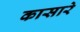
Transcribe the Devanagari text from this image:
कासारे